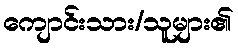
ကျောင်းသား/သူများ၏